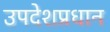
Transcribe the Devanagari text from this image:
उपदेशप्रधान